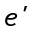
\acute { e }